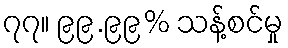
၇၇။ ၉၉.၉၉% သန့်စင်မှု